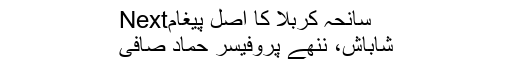
Nextسانحۂ کربلا کا اصل پیغام
شاباش، ننھے پروفیسر حماد صافی